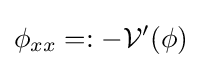
\phi _{xx}=:-{\mathcal {V}}'(\phi )